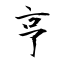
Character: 亨